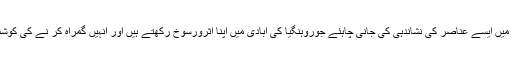
ایسا کہہ کر اس مسئلہ کو حل نہیں کرسکتے ، بلکہ ان میں ایسے عناصر کی نشاندہی کی جانی چاہئے جوروہنگیا کی آبادی میں اپنا اثرورسوخ رکھتے ہیں اور انہیں گمراہ کر نے کی کوشش کر سکتے ہیں اور یہ کام تحقیقاتی ایجنسیوں کا ہے۔